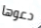
دعوها